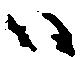
ハ